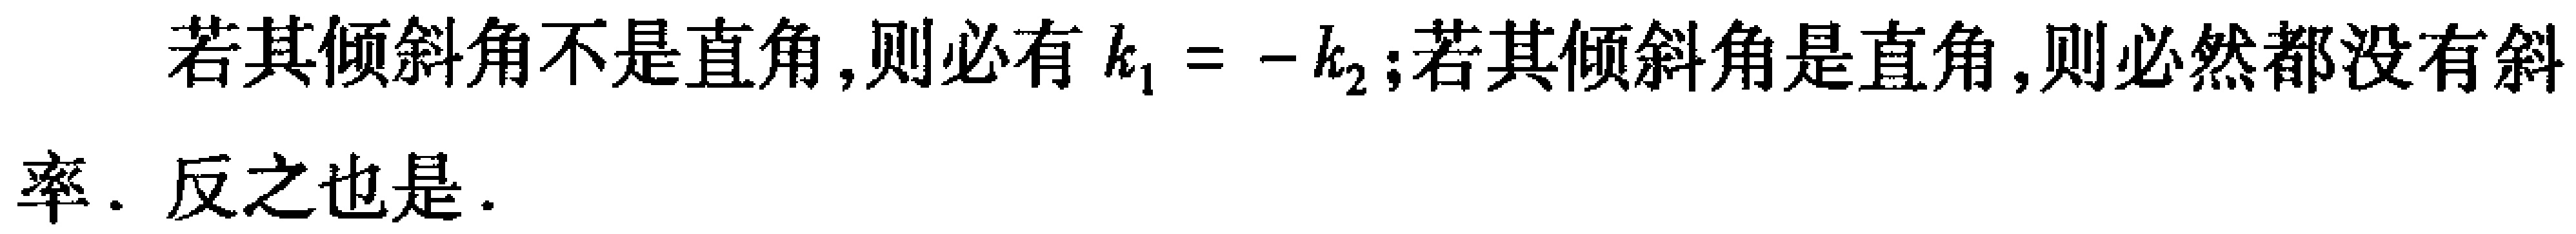
若其倾斜角不是直角,则必有 \(k_{1}=-k_{2}\);若其倾斜角是直角,则必然都没有斜率. 反之也是.